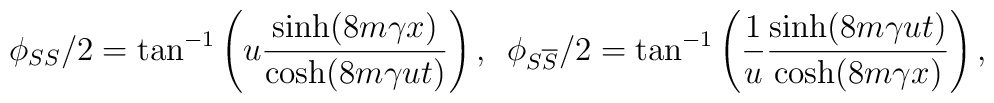
\phi _{SS}/2=\tan^{-1} \left( u\frac{\sinh (8m\gamma x)}{\cosh(8m\gamma ut)}\right) ,\,\,\,\phi _{S\overline{S}}/2=\tan^{-1} \left( \frac{1}{u}\frac{\sinh (8m\gamma ut)}{\cosh (8m\gamma x)}\right) ,